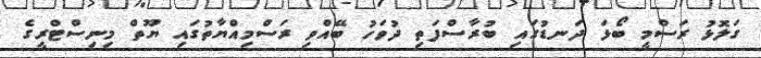
ގަލޮޅު ރަސްމީ ބޯޅަ ދަނޑުގައި ބުރާސްފަތި ދުވަހު ބޭއްވި ރަސްމިއްޔާތުގައި ޔޫތް މިނިސްޓްރީގެ